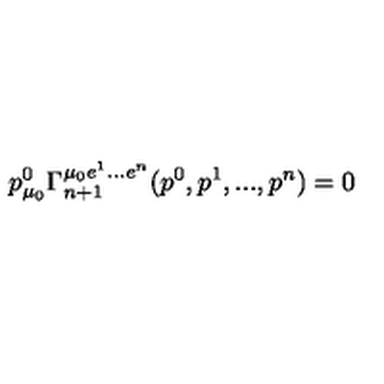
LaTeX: p _ { \mu _ { 0 } } ^ { 0 } \Gamma _ { n + 1 } ^ { \mu _ { 0 } e ^ { 1 } . . . e ^ { n } } ( p ^ { 0 } , p ^ { 1 } , . . . , p ^ { n } ) = 0